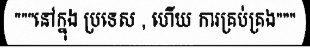
"""នៅក្នុង ប្រទេស , ហើយ ការគ្រប់គ្រង"""